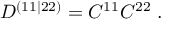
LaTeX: { \cal D } ^ { ( 1 1 | 2 2 ) } = { \cal C } ^ { 1 1 } { \cal C } ^ { 2 2 } \; .